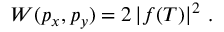
\begin{array} { r } { W ( p _ { x } , p _ { y } ) = 2 \, | f ( T ) | ^ { 2 } \ . } \end{array}